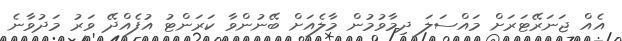
އެއް ޖަނަރޭޓަރަށް މައްސަލަ ދިމާވުމުން މާލެއަށް ބޭނުންވާ ކަރަންޓު އުފެއްދޭ ވަރު މަދުވާނެ